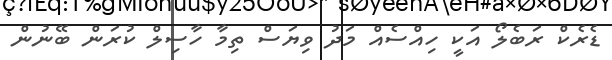
ޑެރެކް ރަބެލޯ އަކީ ހިއްސެއް މަދު ވިޔަސް ތިމާ ހާސިލް ކުރަން ބޭނުން